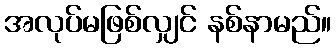
အလုပ်မဖြစ်လျှင် နစ်နာမည်။